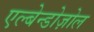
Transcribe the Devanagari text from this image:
एल्बेन्डोज़ोल